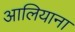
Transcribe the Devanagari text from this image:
आलियाना